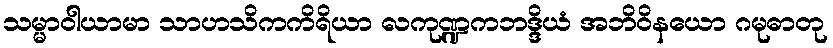
သမ္မာဝါယာမာ သာဟသိကကိရိယာ လကုဏ္ဍကဘဒ္ဒိယံ အဘိဝိနယော ဂမုဓာတု